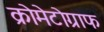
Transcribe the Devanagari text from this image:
क्रोमेटोग्राफ